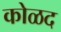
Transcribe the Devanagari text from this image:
कोळद